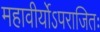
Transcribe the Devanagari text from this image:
महावीर्योऽपराजितः